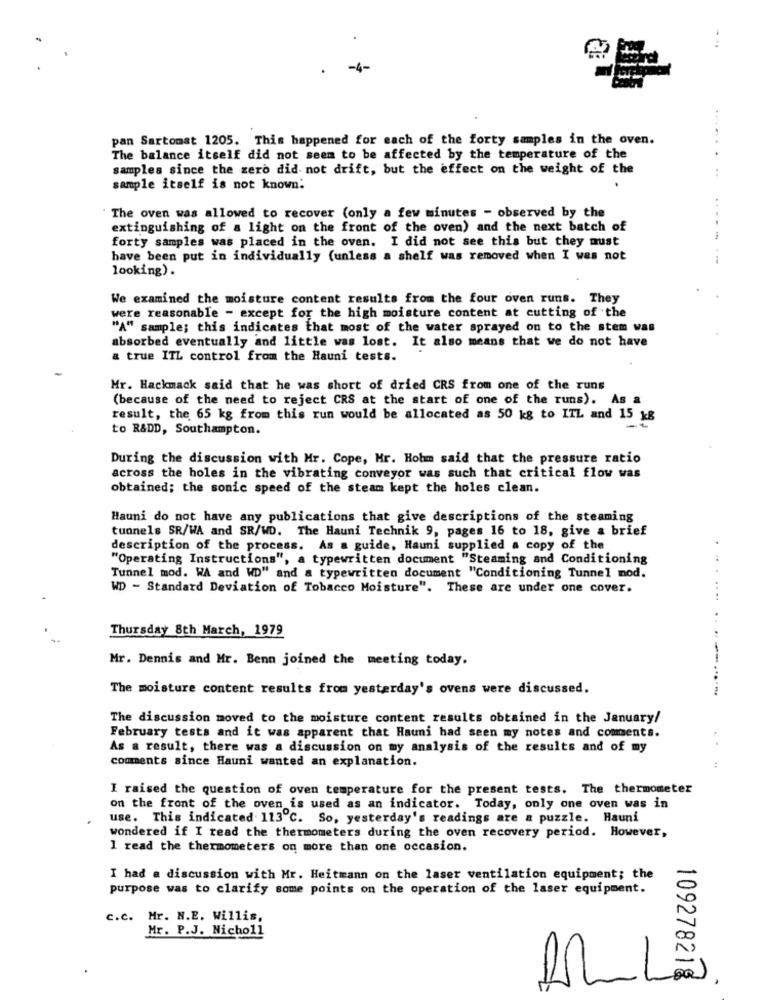
-4-
pan Sartomat 1205. This happened for each of the forty samples in the oven.
......
The balance itself did not seem to be affected by the temperature of the
samples since the zero did not drift, but the effect on the weight of the
sample itself is not known:
The oven was allowed to recover (only a few minutes - observed by the
extinguishing of a light on the front of the oven) and the next batch of
forty samples was placed in the oven. I did not see this but they must
have been put in individually (unless a shelf was removed when I was not
looking).
We examined the moisture content results from the four oven runs. They
were reasonable - except for the high moisture content at cutting of the
"A" sample; this indicates that most of the water sprayed on to the stem was
absorbed eventually and little was lost. It also means that we do not have
a true ITL control from the Hauni tests.
Mr. Hackmack said that he was short of dried CRS from one of the runs
(because of the need to reject CRS at the start of one of the runs). As a
result, the 65 kg from this run would be allocated as 50 kg to ITL and 15 kg
to R&DD, Southampton.
During the discussion with Mr. Cope, Mr. Hobm said that the pressure ratio
across the holes in the vibrating conveyor was such that critical flow was
obtained; the sonic speed of the steam kept the holes clean.
Hauni do not have any publications that give descriptions of the steaming
tunnels SR/WA and SR/WD. The Hauni Technik 9, pages 16 to 18, give a brief
description of the process. As a guide, Hauni supplied a copy of the
"Operating Instructions", a
s", a typewritten document "Steaming and Conditioning
Tunnel mod. WA and WD" and a typewritten document "Conditioning Tunnel mod.
WD - Standard Deviation of Tobacco Moisture". These are under one cover.
. ..
..
Thursday 8th March, 1979
---
Mr. Dennis and Mr. Benn joined the meeting today.
The moisture content results from yesterday's ovens were discussed.
The discussion moved to the moisture content results obtained in the January/
February tests and it was apparent that Hauni had seen my notes and coments.
As a result, there was a discussion on my analysis of the results and of my
comments since Hauni wanted an explanation.
I raised the question of oven temperature for the present tests. The thermometer
on the front of the oven is used as an indicator. Today, only one oven was in
use. This indicated 113℃. So, yesterday's readings are a puzzle. Hauni
wondered if I read the thermometers during the oven recovery period. However,
I read the thermometers on more than one occasion.
I had a discussion with Mr. Heitmann on the laser ventilation equipment; the
purpose was to clarify some points on the operation of the laser equipment.
c.c. Mr. N.E. Willis,
Mr. P.J. Nicholl
-
109278218